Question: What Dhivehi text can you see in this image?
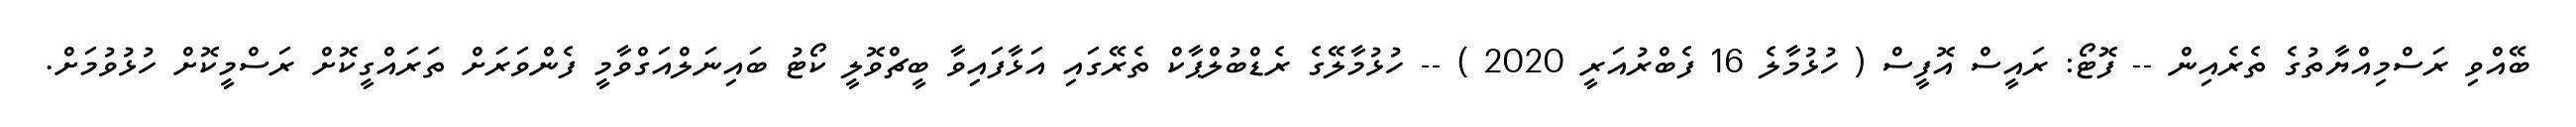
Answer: ބޭއްވި ރަސްމިއްޔާތުގެ ތެރެއިން -- ފޮޓޯ: ރައީސް އޮފީސް ( ހުޅުމާލެ 16 ފެބްރުއަރީ 2020 ) -- ހުޅުމާލޭގެ ރެޑްބުލްޕާކް ތެރޭގައި އަޅާފައިވާ ބީޗްވޮލީ ކޯޓު ބައިނަލްއަގްވާމީ ފެންވަރަށް ތަރައްގީކޮށް ރަސްމީކޮށް ހުޅުވުމަށް.